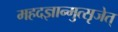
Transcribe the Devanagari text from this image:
महदज्ञान्मुत्सृजेत्